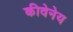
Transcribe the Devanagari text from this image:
कीवेनेय